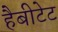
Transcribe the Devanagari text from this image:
हैबीटेट